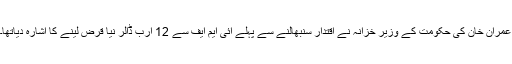
عمران خان کی حکومت کے وزیر خزانہ نے اقتدار سنبھالنے سے پہلے آئی ایم ایف سے 12 ارب ڈالر نیا قرض لینے کا اشارہ دیاتھا۔